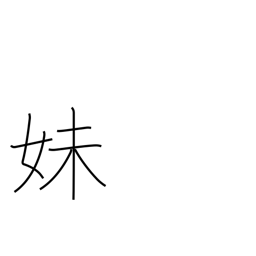
Meaning: younger sister